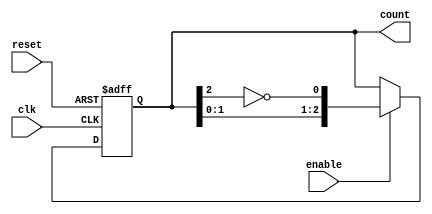
module johnson_counter #(
    parameter n = 3  // Number of flip-flops; you can configure this parameter
)(
    input wire clk,        // Clock signal
    input wire reset,      // Asynchronous reset signal
    input wire enable,     // Enable signal
    output reg [n-1:0] count // Output of the counter
);

// Always block to handle state transitions
always @(posedge clk or posedge reset) begin
    if (reset) begin
        // Asynchronous reset: set count to 0
        count <= 0;
    end else if (enable) begin
        // Johnson counter logic:
        // Shift the states and feed back the inverted output of the last flip-flop
        count <= {count[n-2:0], ~count[n-1]};
    end
end

endmodule